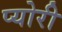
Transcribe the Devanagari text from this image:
प्योरी